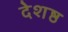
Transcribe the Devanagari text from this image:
देशष्ठ